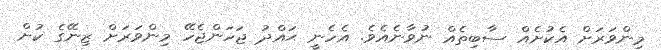
މިންވަރަށް އެކުށެއް ސާބިތެއް ނުވާނެއެވެ. އެހެނީ ޙައްދު ޖަހަންޖެހޭ މިންވަރަށް ޒިނޭގެ ކުށް